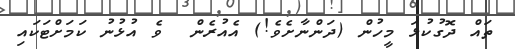
ތައް ދޮގުކުޅަ މީހުން (ދަންނާށެވެ!) އެއުރެން  ވެ އުޅުނު ކަމަށްޓަކައި